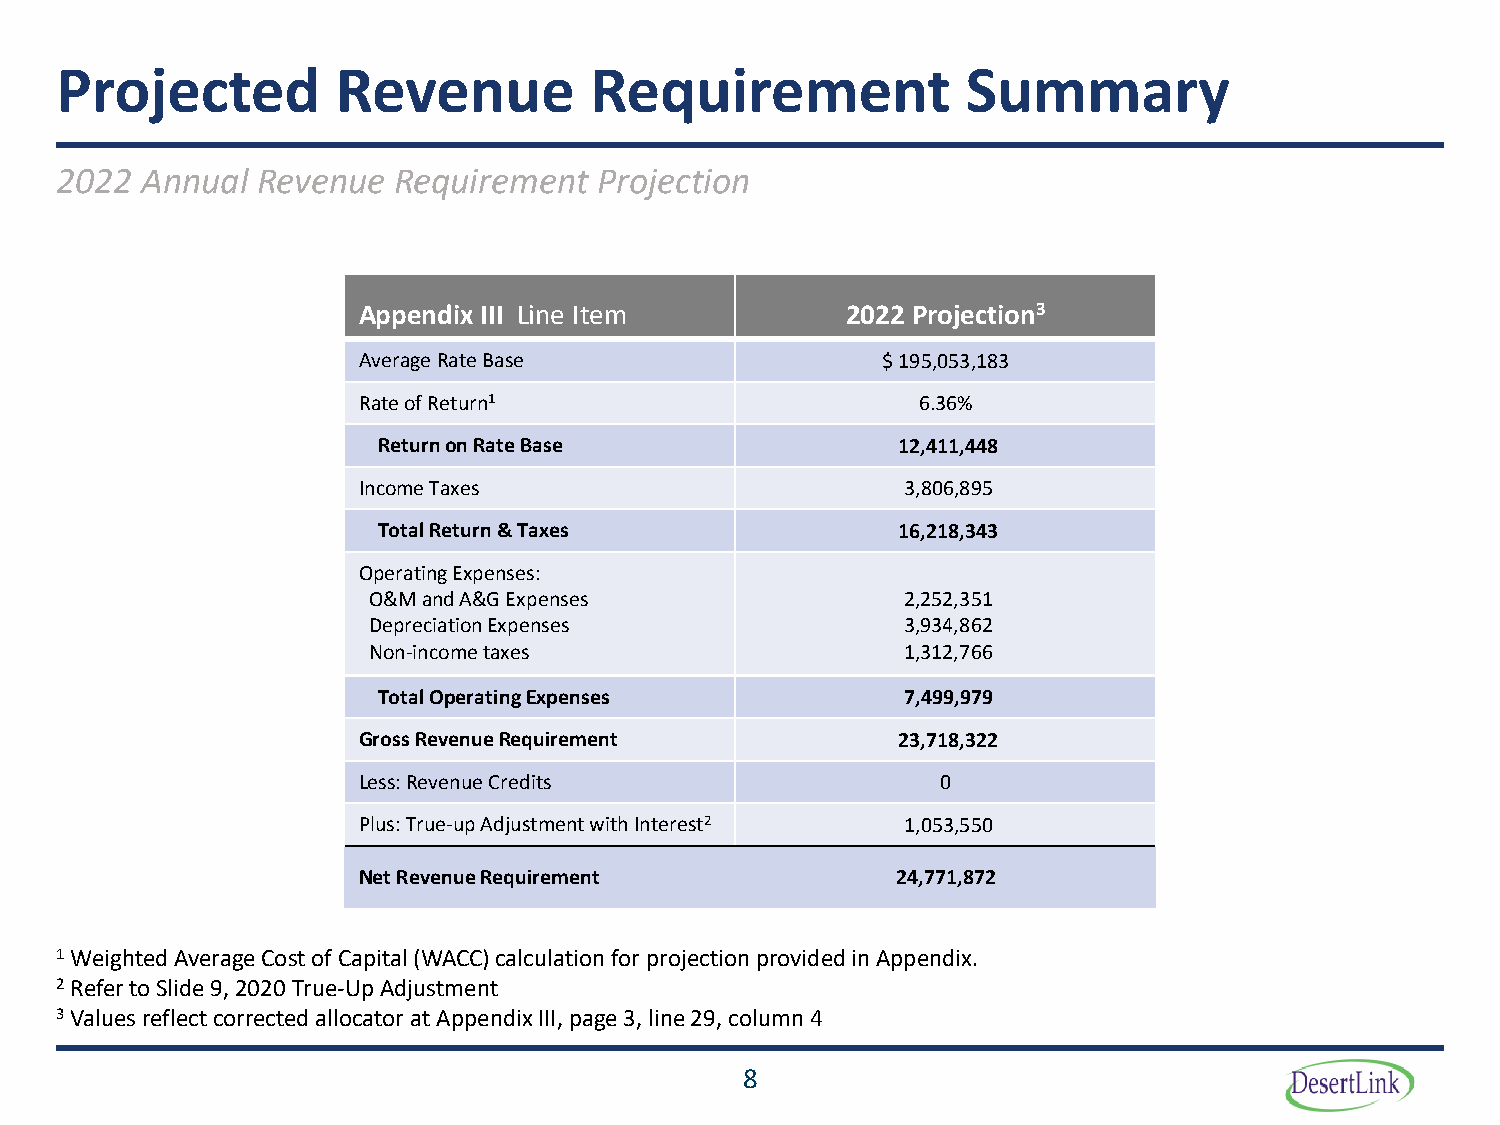
Projected         Revenue          Requirement              Summary
 2022 Annual  Revenue  Requirement   Projection
 Appendix III Line Item          2022 Projection3
 AverageRate Base                  $ 195,053,183
 Rate of Return1                      6.36%
 Returnon Rate Base                12,411,448
 Income Taxes                        3,806,895
 Total Return & Taxes              16,218,343
 Operating Expenses:
 O&M and A&G Expenses                2,252,351
 Depreciation Expenses               3,934,862
 Non-income taxes                    1,312,766
 Total OperatingExpenses            7,499,979
 GrossRevenueRequirement            23,718,322
 Less: Revenue Credits                 0
 Plus:True-up Adjustment with Interest2 1,053,550
 Net RevenueRequirement             24,771,872
 1Weighted Average Cost of Capital (WACC) calculation for projection provided in Appendix.
 2Refer to Slide 9, 2020 True-Up Adjustment
 3Values reflect corrected allocator at Appendix III, page 3, line 29, column 4
 8